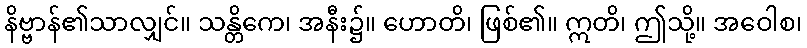
နိဗ္ဗာန်၏သာလျှင်။ သန္တိကေ၊ အနီး၌။ ဟောတိ၊ ဖြစ်၏။ ဣတိ၊ ဤသို့။ အဝေါစ၊